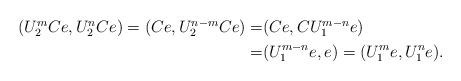
LaTeX: \begin{align*}\begin{aligned}(U_2^m Ce, U_2^n Ce)=(Ce, U_2^{n-m} Ce)=&(Ce, CU_1^{m-n} e) \\=&(U_1^{m-n} e, e)=(U_1^m e, U_1^n e).\end{aligned}\end{align*}